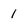
Character: 1